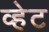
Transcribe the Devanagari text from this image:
व्हेट